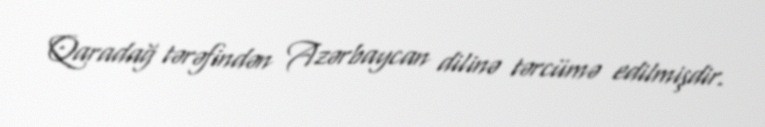
Qaradağ tərəfindən Azərbaycan dilinə tərcümə edilmişdir.